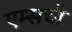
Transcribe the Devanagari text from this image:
एम्सची